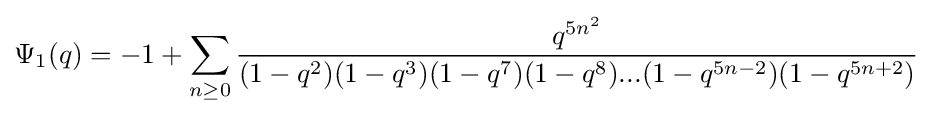
\Psi _{1}(q)=-1+\sum _{n\geq 0}{\frac {q^{5n^{2}}}{(1-q^{2})(1-q^{3})(1-q^{7})(1-q^{8})...(1-q^{5n-2})(1-q^{5n+2})}}